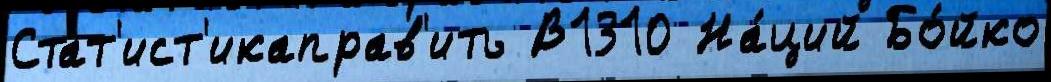
Стат'ист'икаправ'ить В1310 На́ций Бо́йко